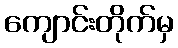
ကျောင်းတိုက်မှ